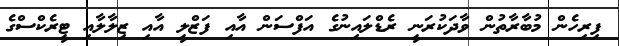
ފިރިހެން މުބާރާތުން ވާދަކުރަނީ ރެޑްލައިނުގެ އަފްސަން އާއި ފަޒްލީ އާއި ޒިލާލާއި ޓީރެކްސްގެ